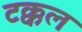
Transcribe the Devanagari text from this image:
टक्कल